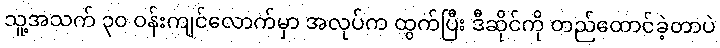
သူ့အသက် ၃၀ ဝန်းကျင်လောက်မှာ အလုပ်က ထွက်ပြီး ဒီဆိုင်ကို တည်ထောင်ခဲ့တာပဲ